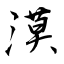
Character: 漠